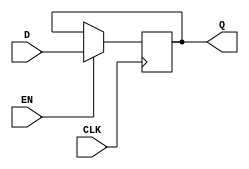
module DFFE (
	CLK,
	EN,
	D,
	Q
);
	parameter Width = 8;
	input wire CLK;
	input wire EN;
	input wire [Width - 1:0] D;
	output reg [Width - 1:0] Q;
	always @(posedge CLK) begin : dff
		if (EN)
			Q <= D;
	end
endmodule